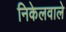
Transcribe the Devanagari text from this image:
निकेलवाले